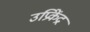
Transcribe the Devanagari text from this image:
उप्रिकेंद्र